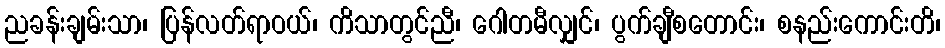
ညခန်းချမ်းသာ၊ ပြန်လတ်ရာဝယ်၊ ကိသာတွင်ညီ၊ ဂေါတမီလျှင်၊ ပွက်ချီစတောင်း၊ စနည်းကောင်းတိ၊